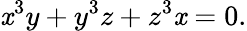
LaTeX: \mathit{x}^{3}y+y^{3}z+z^{3}\mathit{x}=0.